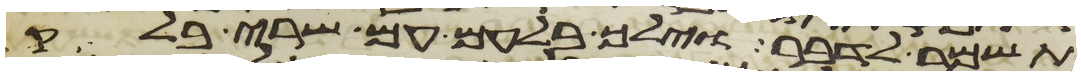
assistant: תשמר לדבר וילך בלעם עם שרי בלק